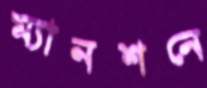
ম্যানশনে